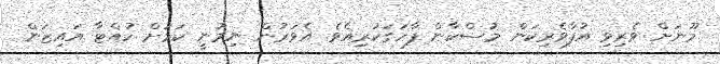
މޫނަށް ވެރިވި އުފާވެރިކަން މުސްކާން ފާހަގަކުރިއެވެ. އެވަރުން ނިމުނީ ކަމަށް ހުއްޓާ އައިޒަން